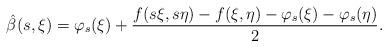
LaTeX: \begin{align*} \hat\beta(s,\xi)=\varphi_s(\xi)+\frac{f(s\xi,s\eta)-f(\xi,\eta)-\varphi_s(\xi)-\varphi_s(\eta)}{2}.\end{align*}